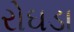
રોઘડા